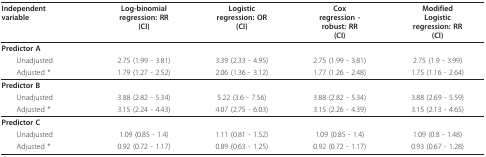
<table><thead><tr><td><b>Independentvariable</b></td><td><b>Log-binomialregression: RR(CI)</b></td><td><b>Logisticregression: OR(CI)</b></td><td><b>Coxregression -robust: RR(CI)</b></td><td><b>ModifiedLogisticregression: RR(CI)</b></td></tr></thead><tbody><tr><td><b>Predictor A</b></td><td></td><td></td><td></td><td></td></tr><tr><td> Unadjusted</td><td>2.75 (1.99 - 3.81)</td><td>3.39 (2.33 - 4.95)</td><td>2.75 (1.99 - 3.81)</td><td>2.75 (1.9 - 3.99)</td></tr><tr><td> Adjusted *</td><td>1.79 (1.27 - 2.52)</td><td>2.06 (1.36 - 3.12)</td><td>1.77 (1.26 - 2.48)</td><td>1.75 (1.16 - 2.64)</td></tr><tr><td><b>Predictor B</b></td><td></td><td></td><td></td><td></td></tr><tr><td> Unadjusted</td><td>3.88 (2.82 - 5.34)</td><td>5.22 (3.6 - 7.56)</td><td>3.88 (2.82 - 5.34)</td><td>3.88 (2.69 - 5.59)</td></tr><tr><td> Adjusted *</td><td>3.15 (2.24 - 4.43)</td><td>4.07 (2.75 - 6.03)</td><td>3.15 (2.26 - 4.39)</td><td>3.15 (2.13 - 4.65)</td></tr><tr><td><b>Predictor C</b></td><td></td><td></td><td></td><td></td></tr><tr><td> Unadjusted</td><td>1.09 (0.85 - 1.4)</td><td>1.11 (0.81 - 1.52)</td><td>1.09 (0.85 - 1.4)</td><td>1.09 (0.8 - 1.48)</td></tr><tr><td> Adjusted *</td><td>0.92 (0.72 - 1.17)</td><td>0.89 (0.63 - 1.25)</td><td>0.92 (0.72 - 1.17)</td><td>0.93 (0.67 - 1.28)</td></tr></tbody></table>